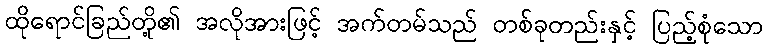
ထိုရောင်ခြည်တို့၏ အလိုအားဖြင့် အက်တမ်သည် တစ်ခုတည်းနှင့် ပြည့်စုံသော